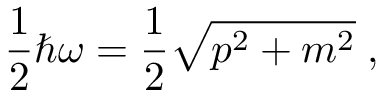
\frac { 1 } { 2 } \hbar \omega = \frac { 1 } { 2 } \sqrt { p ^ { 2 } + m ^ { 2 } } \; ,